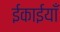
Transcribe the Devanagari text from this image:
ईकाईयाँ